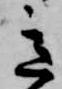
意